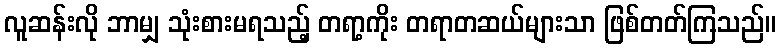
လူဆန်းလို ဘာမျှ သုံးစားမရသည့် တရာ့ကိုး တရာတဆယ်များသာ ဖြစ်တတ်ကြသည်။